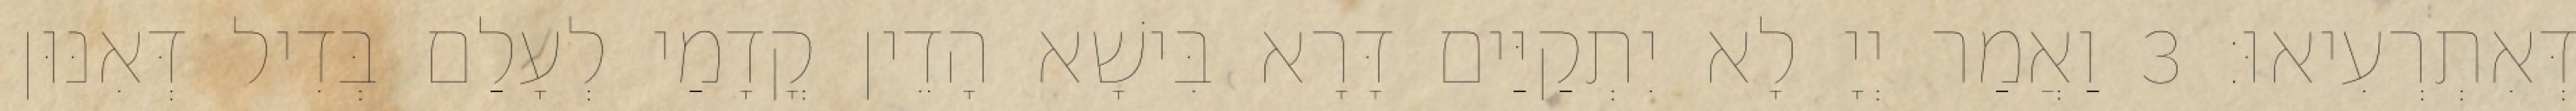
דְּאִתְרְעִיאוּ׃ 3 וַאֲמַר יְיָ לָא יִתְקַיַּים דָּרָא בִּישָׁא הָדֵין קֳדָמַי לְעָלַם בְּדִיל דְּאִנּוּן